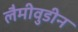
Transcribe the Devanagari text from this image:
लैमीवुडीन